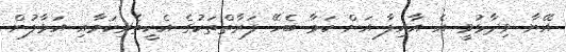
އޭނާ ވިދާޅުވީ އެ އާއިލާ އަށް ކަމާ ބެހޭ ފަރާތްތަކުގެ އެހީތެރިކަމާއި އަޅާލުން